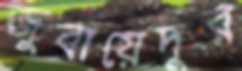
জুবায়েদুর